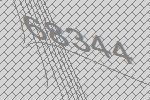
68344